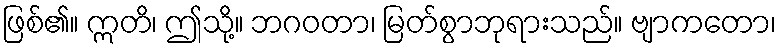
ဖြစ်၏။ ဣတိ၊ ဤသို့။ ဘဂဝတာ၊ မြတ်စွာဘုရားသည်။ ဗျာကတော၊